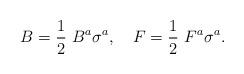
LaTeX: \begin{align*}B = \frac{1}{2} ~B^a \sigma^a, \quad F = \frac{1}{2}~F^a \sigma^a.\end{align*}